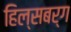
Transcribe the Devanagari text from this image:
हिल्सबर्ग